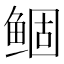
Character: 鲴